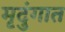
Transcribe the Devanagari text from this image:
मृदुंगात